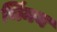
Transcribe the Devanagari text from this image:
चिंमय